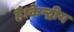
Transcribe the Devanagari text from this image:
है।केन्द्रीय